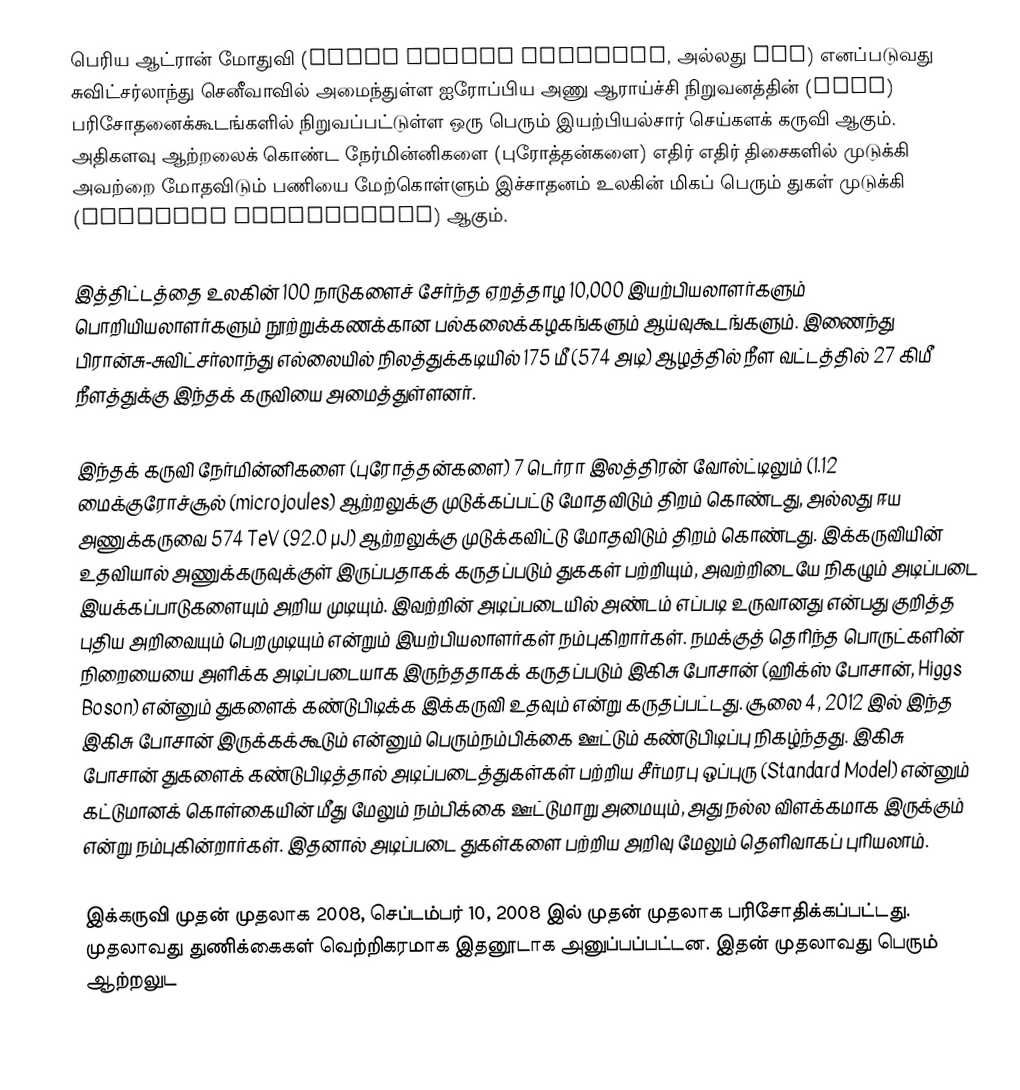
பெரிய ஆட்ரான் மோதுவி (Large Hadron Collider, அல்லது LHC) எனப்படுவது சுவிட்சர்லாந்து செனீவாவில் அமைந்துள்ள ஐரோப்பிய அணு ஆராய்ச்சி நிறுவனத்தின் (CERN) பரிசோதனைக்கூடங்களில் நிறுவப்பட்டுள்ள ஒரு பெரும் இயற்பியல்சார் செய்களக் கருவி ஆகும். அதிகளவு ஆற்றலைக் கொண்ட நேர்மின்னிகளை (புரோத்தன்களை) எதிர் எதிர் திசைகளில் முடுக்கி அவற்றை மோதவிடும் பணியை மேற்கொள்ளும் இச்சாதனம் உலகின் மிகப் பெரும் துகள் முடுக்கி (particle accelerator) ஆகும்.

இத்திட்டத்தை உலகின் 100 நாடுகளைச் சேர்ந்த ஏறத்தாழ 10,000 இயற்பியலாளர்களும் பொறியியலாளர்களும் நூற்றுக்கணக்கான பல்கலைக்கழகங்களும் ஆய்வுகூடங்களும். இணைந்து பிரான்சு-சுவிட்சர்லாந்து எல்லையில் நிலத்துக்கடியில் 175 மீ (574 அடி) ஆழத்தில் நீள வட்டத்தில் 27 கிமீ நீளத்துக்கு இந்தக் கருவியை அமைத்துள்ளனர்.

இந்தக் கருவி நேர்மின்னிகளை (புரோத்தன்களை) 7 டெர்ரா இலத்திரன் வோல்ட்டிலும் (1.12 மைக்குரோச்சூல் (microjoules) ஆற்றலுக்கு முடுக்கப்பட்டு  மோதவிடும் திறம் கொண்டது, அல்லது ஈய அணுக்கருவை 574 TeV (92.0 µJ) ஆற்றலுக்கு முடுக்கவிட்டு மோதவிடும் திறம் கொண்டது.  இக்கருவியின் உதவியால் அணுக்கருவுக்குள் இருப்பதாகக் கருதப்படும் துககள் பற்றியும், அவற்றிடையே நிகழும் அடிப்படை இயக்கப்பாடுகளையும் அறிய முடியும். இவற்றின் அடிப்படையில் அண்டம் எப்படி உருவானது என்பது குறித்த புதிய அறிவையும் பெறமுடியும் என்றும் இயற்பியலாளர்கள் நம்புகிறார்கள். நமக்குத் தெரிந்த பொருட்களின் நிறையையை அளிக்க அடிப்படையாக இருந்ததாகக் கருதப்படும் இகிசு போசான் (ஹிக்ஸ் போசான், Higgs Boson) என்னும் துகளைக் கண்டுபிடிக்க இக்கருவி உதவும் என்று கருதப்பட்டது. சூலை 4, 2012 இல் இந்த இகிசு போசான் இருக்கக்கூடும் என்னும் பெரும்நம்பிக்கை ஊட்டும் கண்டுபிடிப்பு நிகழ்ந்தது. இகிசு போசான் துகளைக் கண்டுபிடித்தால் அடிப்படைத்துகள்கள் பற்றிய சீர்மரபு ஒப்புரு (Standard Model) என்னும் கட்டுமானக் கொள்கையின் மீது மேலும் நம்பிக்கை ஊட்டுமாறு அமையும், அது நல்ல விளக்கமாக இருக்கும் என்று நம்புகின்றார்கள். இதனால் அடிப்படை துகள்களை பற்றிய அறிவு மேலும் தெளிவாகப் புரியலாம்.

இக்கருவி முதன் முதலாக 2008, செப்டம்பர் 10, 2008 இல் முதன் முதலாக பரிசோதிக்கப்பட்டது. முதலாவது துணிக்கைகள் வெற்றிகரமாக இதனூடாக அனுப்பப்பட்டன. இதன் முதலாவது பெரும் ஆற்றலுட